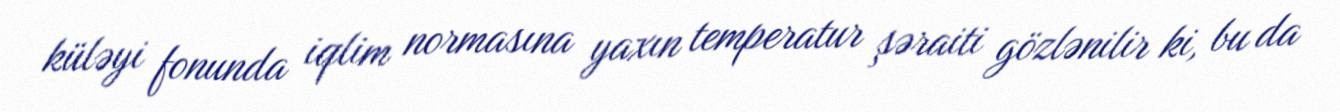
küləyi fonunda iqlim normasına yaxın temperatur şəraiti gözlənilir ki, bu da